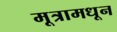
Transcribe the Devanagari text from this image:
मूत्रामधून